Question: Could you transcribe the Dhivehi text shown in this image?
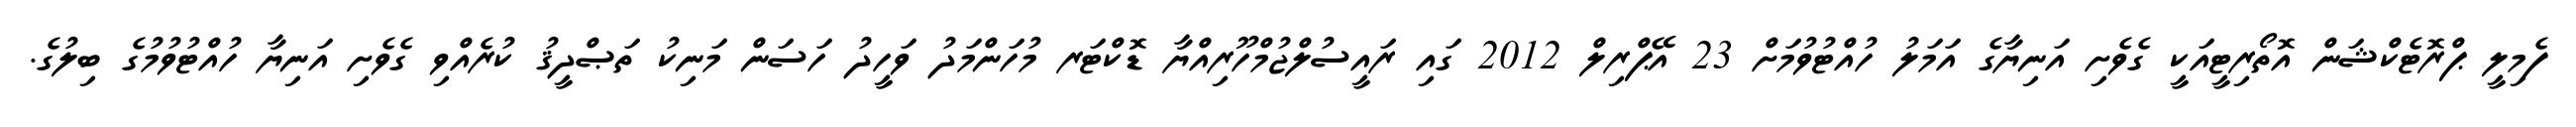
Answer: ފެމިލީ ޕްރޮޓެކްޝަން އޮތޯރިޓީއަކީ ގެވެށި އަނިޔާގެ އަމަލު ހުއްޓުވުމަށް 23 އޭޕްރިލް 2012 ގައި ރައީސުލްޖުމްހޫރިއްޔާ ޑޮކްޓަރ މުހަންމަދު ވަހީދު ހަސަން މަނިކު ތަޞްދީޤު ކުރެއްވި ގެވެށި އަނިޔާ ހުއްޓުވުމުގެ ބިލުގެ.